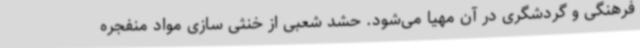
فرهنگی و گردشگری در آن مهیا می‌شود. حشد شعبی از خنثی سازی مواد منفجره